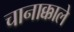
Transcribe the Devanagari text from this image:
चानाक्काले